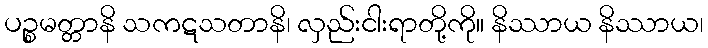
ပဉ္စမတ္တာနိ သကဋသတာနိ၊ လှည်းငါးရာတို့ကို။ နိဿာယ နိဿာယ၊